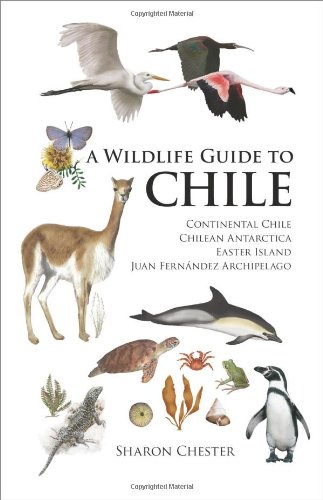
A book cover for A Wildlife Guide to Chile: Continental Chile, Chilean Antarctica, Easter Island, Juan FernÃ¡ndez Archipelago; Sharon Chester; Travel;